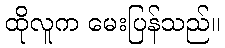
ထိုလူက မေးပြန်သည်။